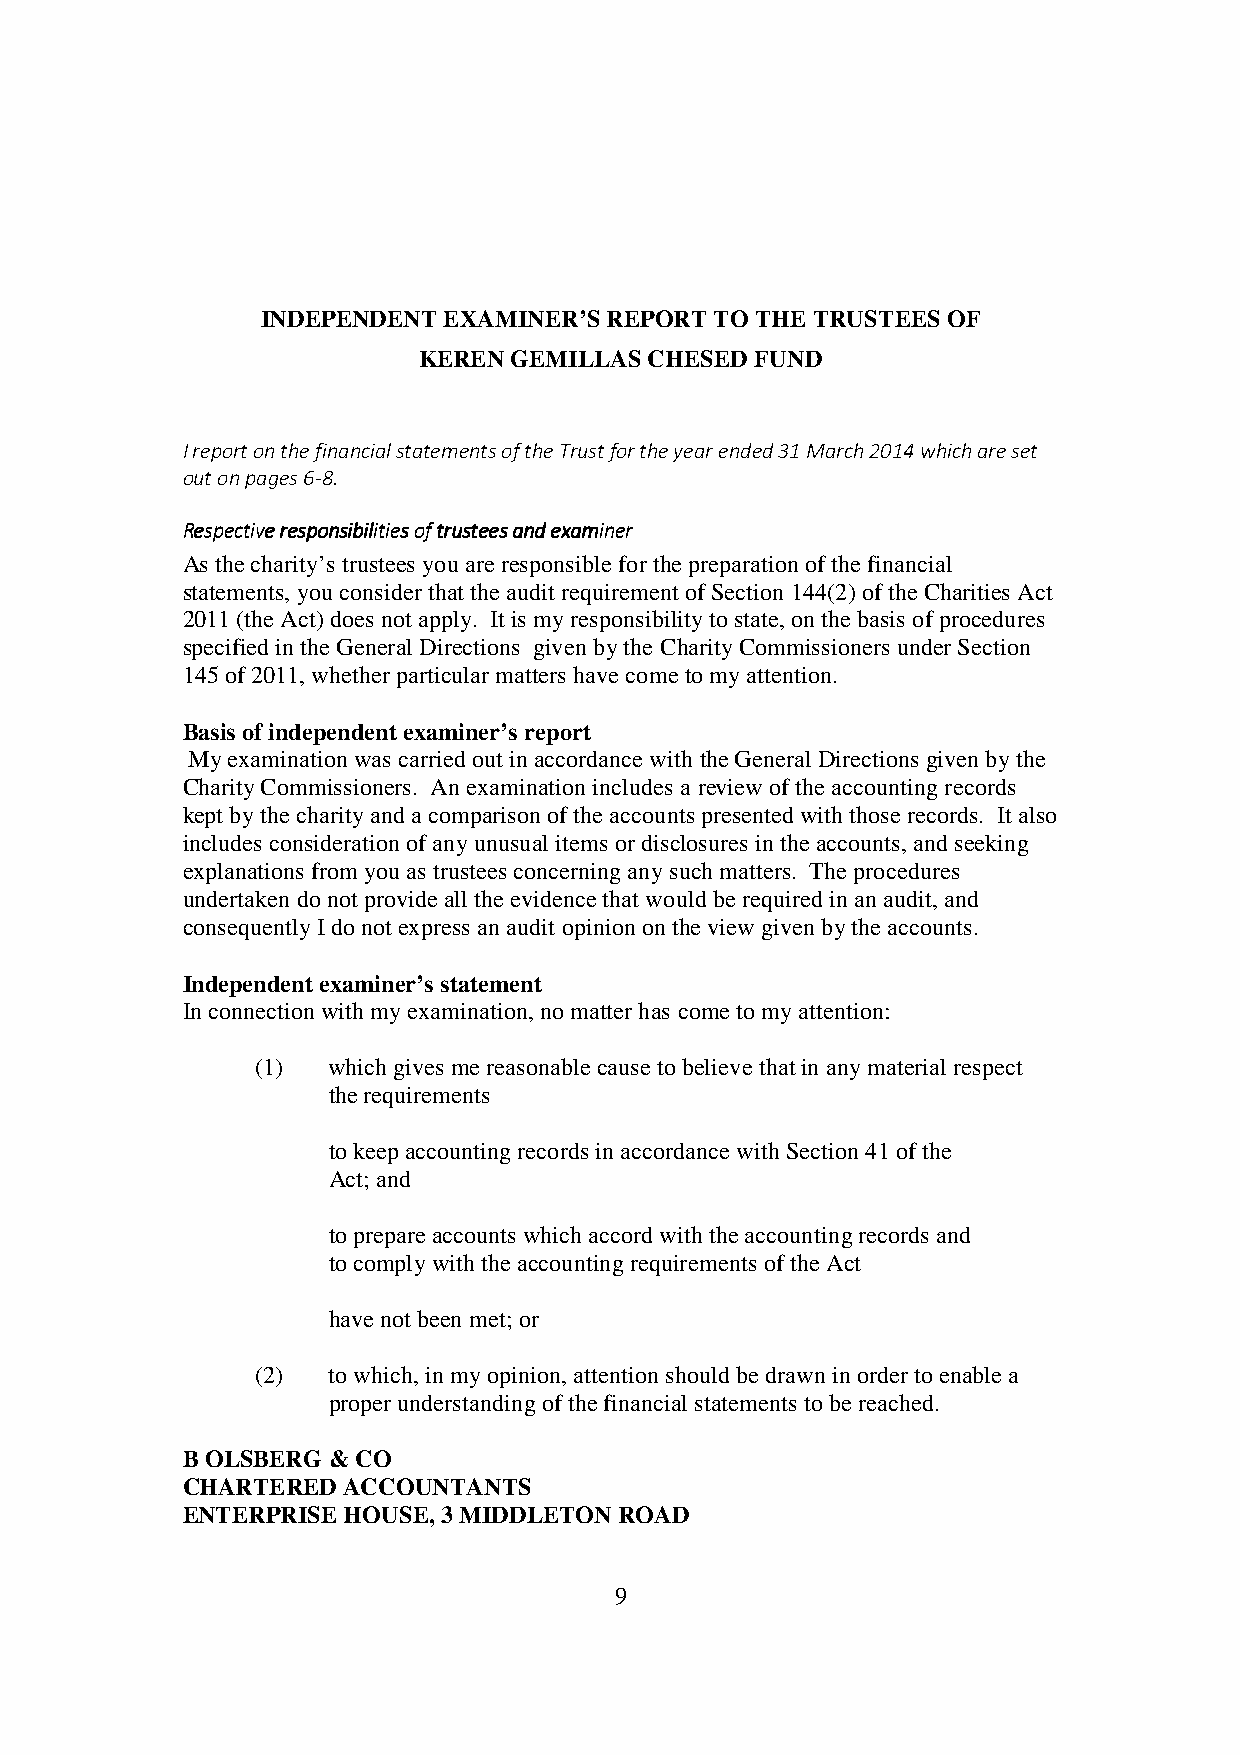
INDEPENDENT EXAMINER’S REPORT TO THE TRUSTEES OF
 KEREN GEMILLAS CHESED FUND
 I report on the financial statements of the Trust for the year ended 31 March 2014 which are set
 out on pages 6-8.
 RRRReeeessssppppeeeeccccttttiiiivvvveeee rrrreeeessssppppoooonnnnssssiiiibbbbiiiilllliiiittttiiiieeeessss ooooffff ttttrrrruuuusssstttteeeeeeeessss aaaannnndddd eeeexxxxaaaammmmiiiinnnneeeerrrr
 As the charity’s trustees you are responsible for the preparation of the financial
 statements, you consider that the audit requirement of Section 144(2) of the Charities Act
 2011 (the Act) does not apply. It is my responsibility to state, on the basis of procedures
 specified in the General Directions given by the Charity Commissioners under Section
 145 of 2011, whether particular matters have come to my attention.
 Basis of independent examiner’s report
 My examination was carried out in accordance with the General Directions given by the
 Charity Commissioners. An examination includes a review of the accounting records
 kept by the charity and a comparison of the accounts presented with those records. It also
 includes consideration of any unusual items or disclosures in the accounts, and seeking
 explanations from you as trustees concerning any such matters. The procedures
 undertaken do not provide all the evidence that would be required in an audit, and
 consequently I do not express an audit opinion on the view given by the accounts.
 Independent examiner’s statement
 In connection with my examination, no matter has come to my attention:
 (1)  which gives me reasonable cause to believe that in any material respect
 the requirements
 to keep accounting records in accordance with Section 41 of the
 Act; and
 to prepare accounts which accord with the accounting records and
 to comply with the accounting requirements of the Act
 have not been met; or
 (2)  to which, in my opinion, attention should be drawn in order to enable a
 proper understanding of the financial statements to be reached.
 B OLSBERG & CO
 CHARTERED  ACCOUNTANTS
 ENTERPRISE HOUSE, 3 MIDDLETON ROAD
 9